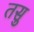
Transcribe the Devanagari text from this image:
तसु